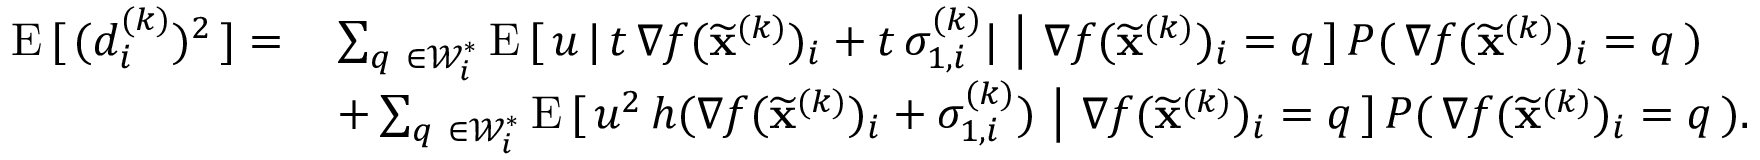
\begin{array} { r l } { \mathrm { E } \, [ \, ( d _ { i } ^ { ( k ) } ) ^ { 2 } \, ] = \, } & { \sum _ { q \ \in { \mathcal { W } } _ { i } ^ { \ast } } \mathrm { E } \, [ \, u \, \vert \, t \, \nabla f ( \widetilde \mathbf { x } ^ { ( k ) } ) _ { i } + t \, \sigma _ { 1 , i } ^ { ( k ) } \vert \ \big \vert \ \nabla f ( \widetilde \mathbf { x } ^ { ( k ) } ) _ { i } = q \, ] \, P ( \, \nabla f ( \widetilde \mathbf { x } ^ { ( k ) } ) _ { i } = q \, ) } \\ & { + \sum _ { q \ \in { \mathcal { W } } _ { i } ^ { \ast } } \mathrm { E } \, [ \, u ^ { 2 } \, h ( \nabla f ( \widetilde \mathbf { x } ^ { ( k ) } ) _ { i } + \sigma _ { 1 , i } ^ { ( k ) } ) \ \big \vert \ \nabla f ( \widetilde \mathbf { x } ^ { ( k ) } ) _ { i } = q \, ] \, P ( \, \nabla f ( \widetilde \mathbf { x } ^ { ( k ) } ) _ { i } = q \, ) . } \end{array}